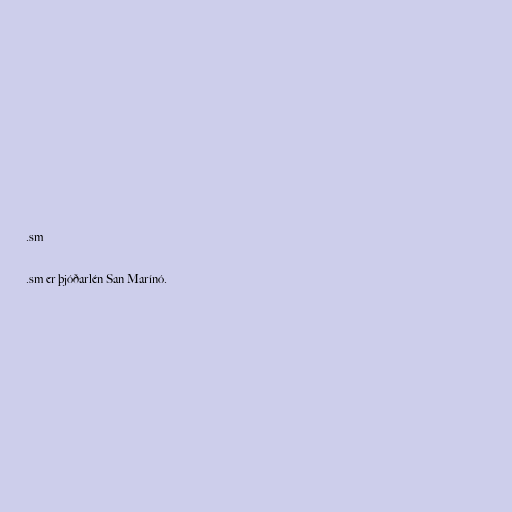
.sm

.sm er þjóðarlén San Marínó.